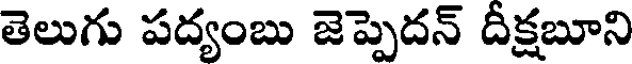
తెలుగు పద్యంబు జెప్పెదన్ దీక్షబూని